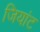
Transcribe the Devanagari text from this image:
जियांट